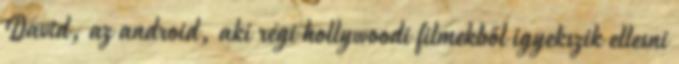
David, az android, aki régi hollywoodi filmekből igyekszik ellesni